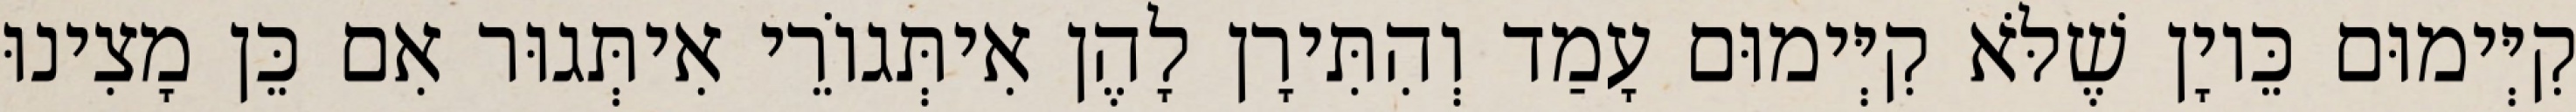
קִיְּימוּם כֵּיוָן שֶׁלֹּא קִיְּימוּם עָמַד וְהִתִּירָן לָהֶן אִיתְּגוֹרֵי אִיתְּגוּר אִם כֵּן מָצִינוּ